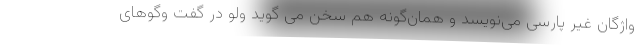
واژگان غیر پارسی می‌نویسد و همان‌گونه هم سخن می گوید ولو در گفت وگوهای